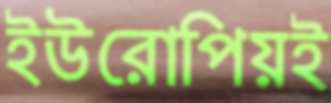
ইউরোপিয়ই